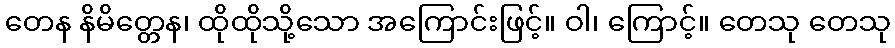
တေန နိမိတ္တေန၊ ထိုထိုသို့သော အကြောင်းဖြင့်။ ဝါ၊ ကြောင့်။ တေသု တေသု